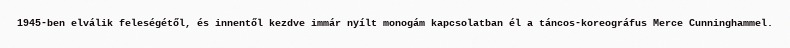
1945-ben elválik feleségétől, és innentől kezdve immár nyílt monogám kapcsolatban él a táncos-koreográfus Merce Cunninghammel.